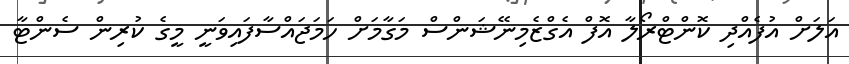
އަލަށް އުފެއްދި ކޮންޓްރޯލާ އޮފް އެގްޒެމިނޭޝަންސް މަގާމަށް ހަމަޖައްސާފައިވަނީ މީގެ ކުރިން ސެންޓާ